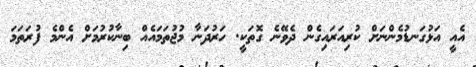
އެއީ އަޅުގަނޑުމެންނަށް ކުރިއަރައިގެން ދެވޭނެ ގޮތަކީ. ހަރުދަނާ މުޖުތަމައެއް ބިނާކުރުމަށް އެންމެ ފުރަތަމަ